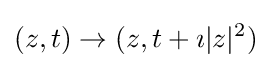
(z,t)\to (z,t+\imath |z|^{2})